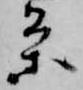
条